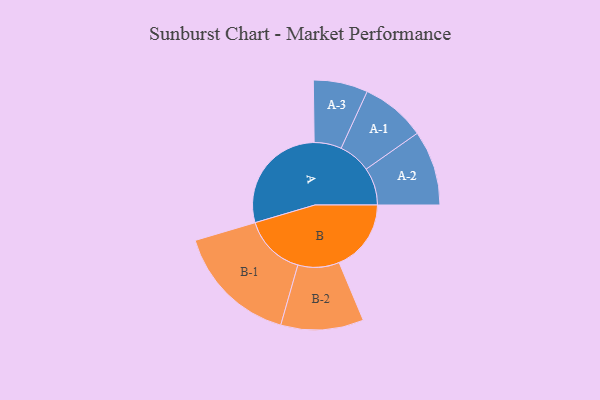
{"axis": {"x": "Segment", "y": "Value"}, "legend": ["", "A", "B"], "data": [{"x": "A", "y": 440, "type": ""}, {"x": "B", "y": 280, "type": ""}, {"x": "A-1", "y": 126, "type": "A"}, {"x": "A-2", "y": 146, "type": "A"}, {"x": "A-3", "y": 106, "type": "A"}, {"x": "B-1", "y": 240, "type": "B"}, {"x": "B-2", "y": 161, "type": "B"}]}